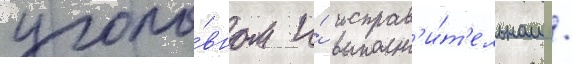
уголо́вном и́ исправ'и́т'ельном /